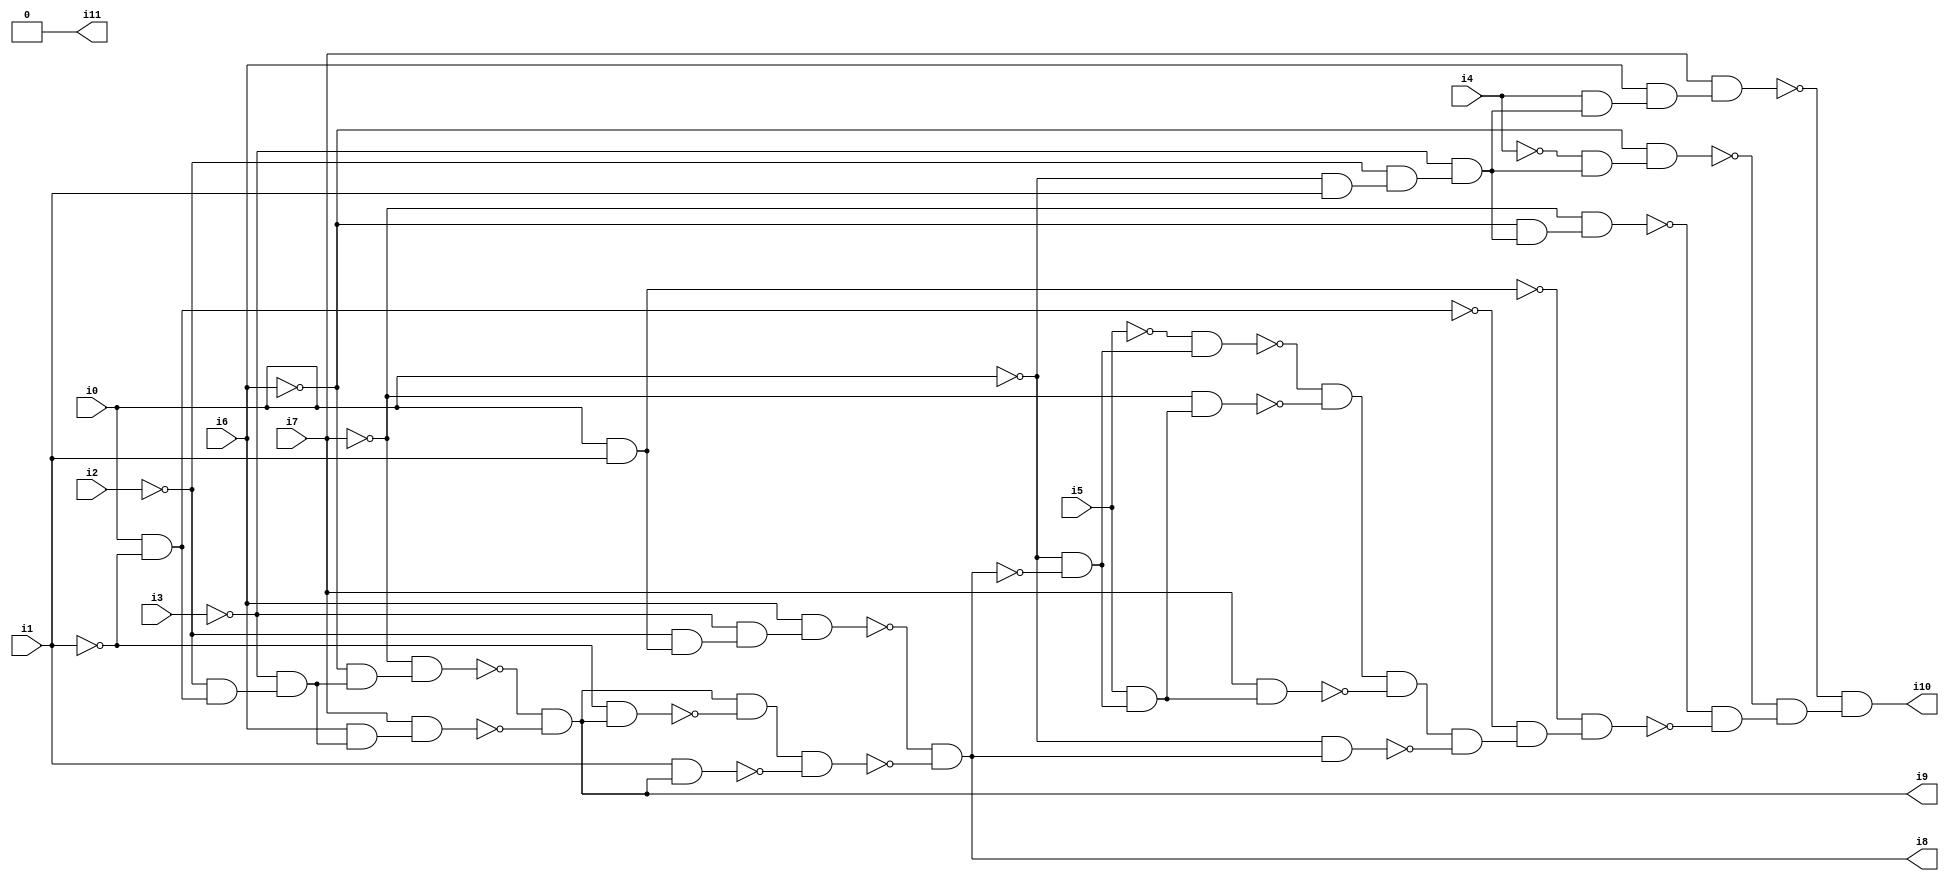
// Benchmark "SKOLEMFORMULA" written by ABC on Mon May  4 05:26:56 2020

module SKOLEMFORMULA ( 
    i0, i1, i2, i3, i4, i5, i6, i7,
    i8, i9, i10, i11  );
  input  i0, i1, i2, i3, i4, i5, i6, i7;
  output i8, i9, i10, i11;
  wire n14, n15, n16, n17, n18, n19, n20, n22, n23, n24, n25, n26, n27, n28,
    n29, n31, n32, n33, n34, n35, n36, n37, n38, n39, n40, n41, n42, n43,
    n44, n45, n46, n47, n48, n49, n50, n51, n52, n53;
  assign n14 = i0 & ~i1;
  assign n15 = ~i2 & n14;
  assign n16 = ~i3 & n15;
  assign n17 = ~i6 & n16;
  assign n18 = ~i7 & n17;
  assign n19 = i6 & n16;
  assign n20 = i7 & n19;
  assign i9 = ~n18 & ~n20;
  assign n22 = i0 & i1;
  assign n23 = ~i2 & n22;
  assign n24 = ~i3 & n23;
  assign n25 = i6 & n24;
  assign n26 = ~i1 & i9;
  assign n27 = i9 & ~n26;
  assign n28 = i1 & i9;
  assign n29 = n27 & ~n28;
  assign i8 = ~n25 & ~n29;
  assign n31 = ~i0 & i1;
  assign n32 = ~i2 & n31;
  assign n33 = ~i3 & n32;
  assign n34 = ~i6 & n33;
  assign n35 = ~i7 & n34;
  assign n36 = ~i4 & n33;
  assign n37 = ~i6 & n36;
  assign n38 = i4 & n33;
  assign n39 = i6 & n38;
  assign n40 = i7 & n39;
  assign n41 = ~i0 & ~i8;
  assign n42 = ~i5 & n41;
  assign n43 = i5 & n41;
  assign n44 = ~i7 & n43;
  assign n45 = ~n42 & ~n44;
  assign n46 = i7 & n43;
  assign n47 = n45 & ~n46;
  assign n48 = ~i0 & i8;
  assign n49 = n47 & ~n48;
  assign n50 = ~n14 & n49;
  assign n51 = ~n22 & n50;
  assign n52 = ~n35 & ~n51;
  assign n53 = ~n37 & n52;
  assign i10 = ~n40 & n53;
  assign i11 = 1'b0;
endmodule